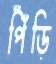
পিঁঁড়ি